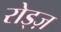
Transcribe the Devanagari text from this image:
रोड्ज़